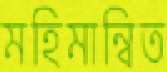
মহিমান্বিত